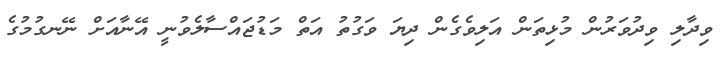
ވިދާލި ވިދުވަރުން މުޅިތަން އަލިވެގެން ދިޔަ ވަގުތު އަތް މަޑުޖައްސާލެވުނީ އޭނާއަށް ނޭނގުމުގެ